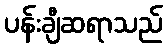
ပန်းချီဆရာသည်